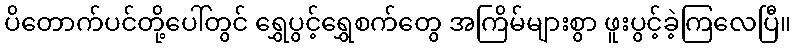
ပိတောက်ပင်တို့ပေါ်တွင် ရွှေပွင့်ရွှေစက်တွေ အကြိမ်များစွာ ဖူးပွင့်ခဲ့ကြလေပြီ။